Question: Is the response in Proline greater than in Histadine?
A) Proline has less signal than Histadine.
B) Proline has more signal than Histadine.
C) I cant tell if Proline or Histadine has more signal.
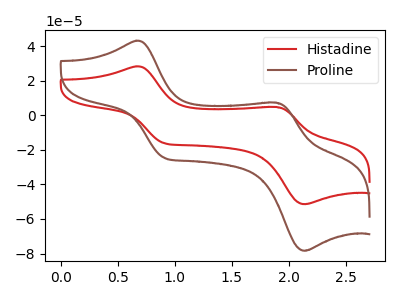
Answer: <think>The red curve "Histadine" has anodic peaks at (0.65V, 28.35uA) (1.90V, 4.80uA) and cathodic peaks at (0.90V, -16.20uA) (2.15V, -51.40uA). The brown curve "Proline" has anodic peaks at (0.65V, 43.15uA) (1.90V, 7.30uA) and cathodic peaks at (0.90V, -24.65uA) (2.15V, -78.35uA).
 All the peaks in "Proline" have a peak in "Histadine" at the same potential. Every peak in "Proline" is higher than every peak in "Histadine".</think>
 <answer>B) "Proline" has more signal than "Histadine".</answer>
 <eval>B</eval>